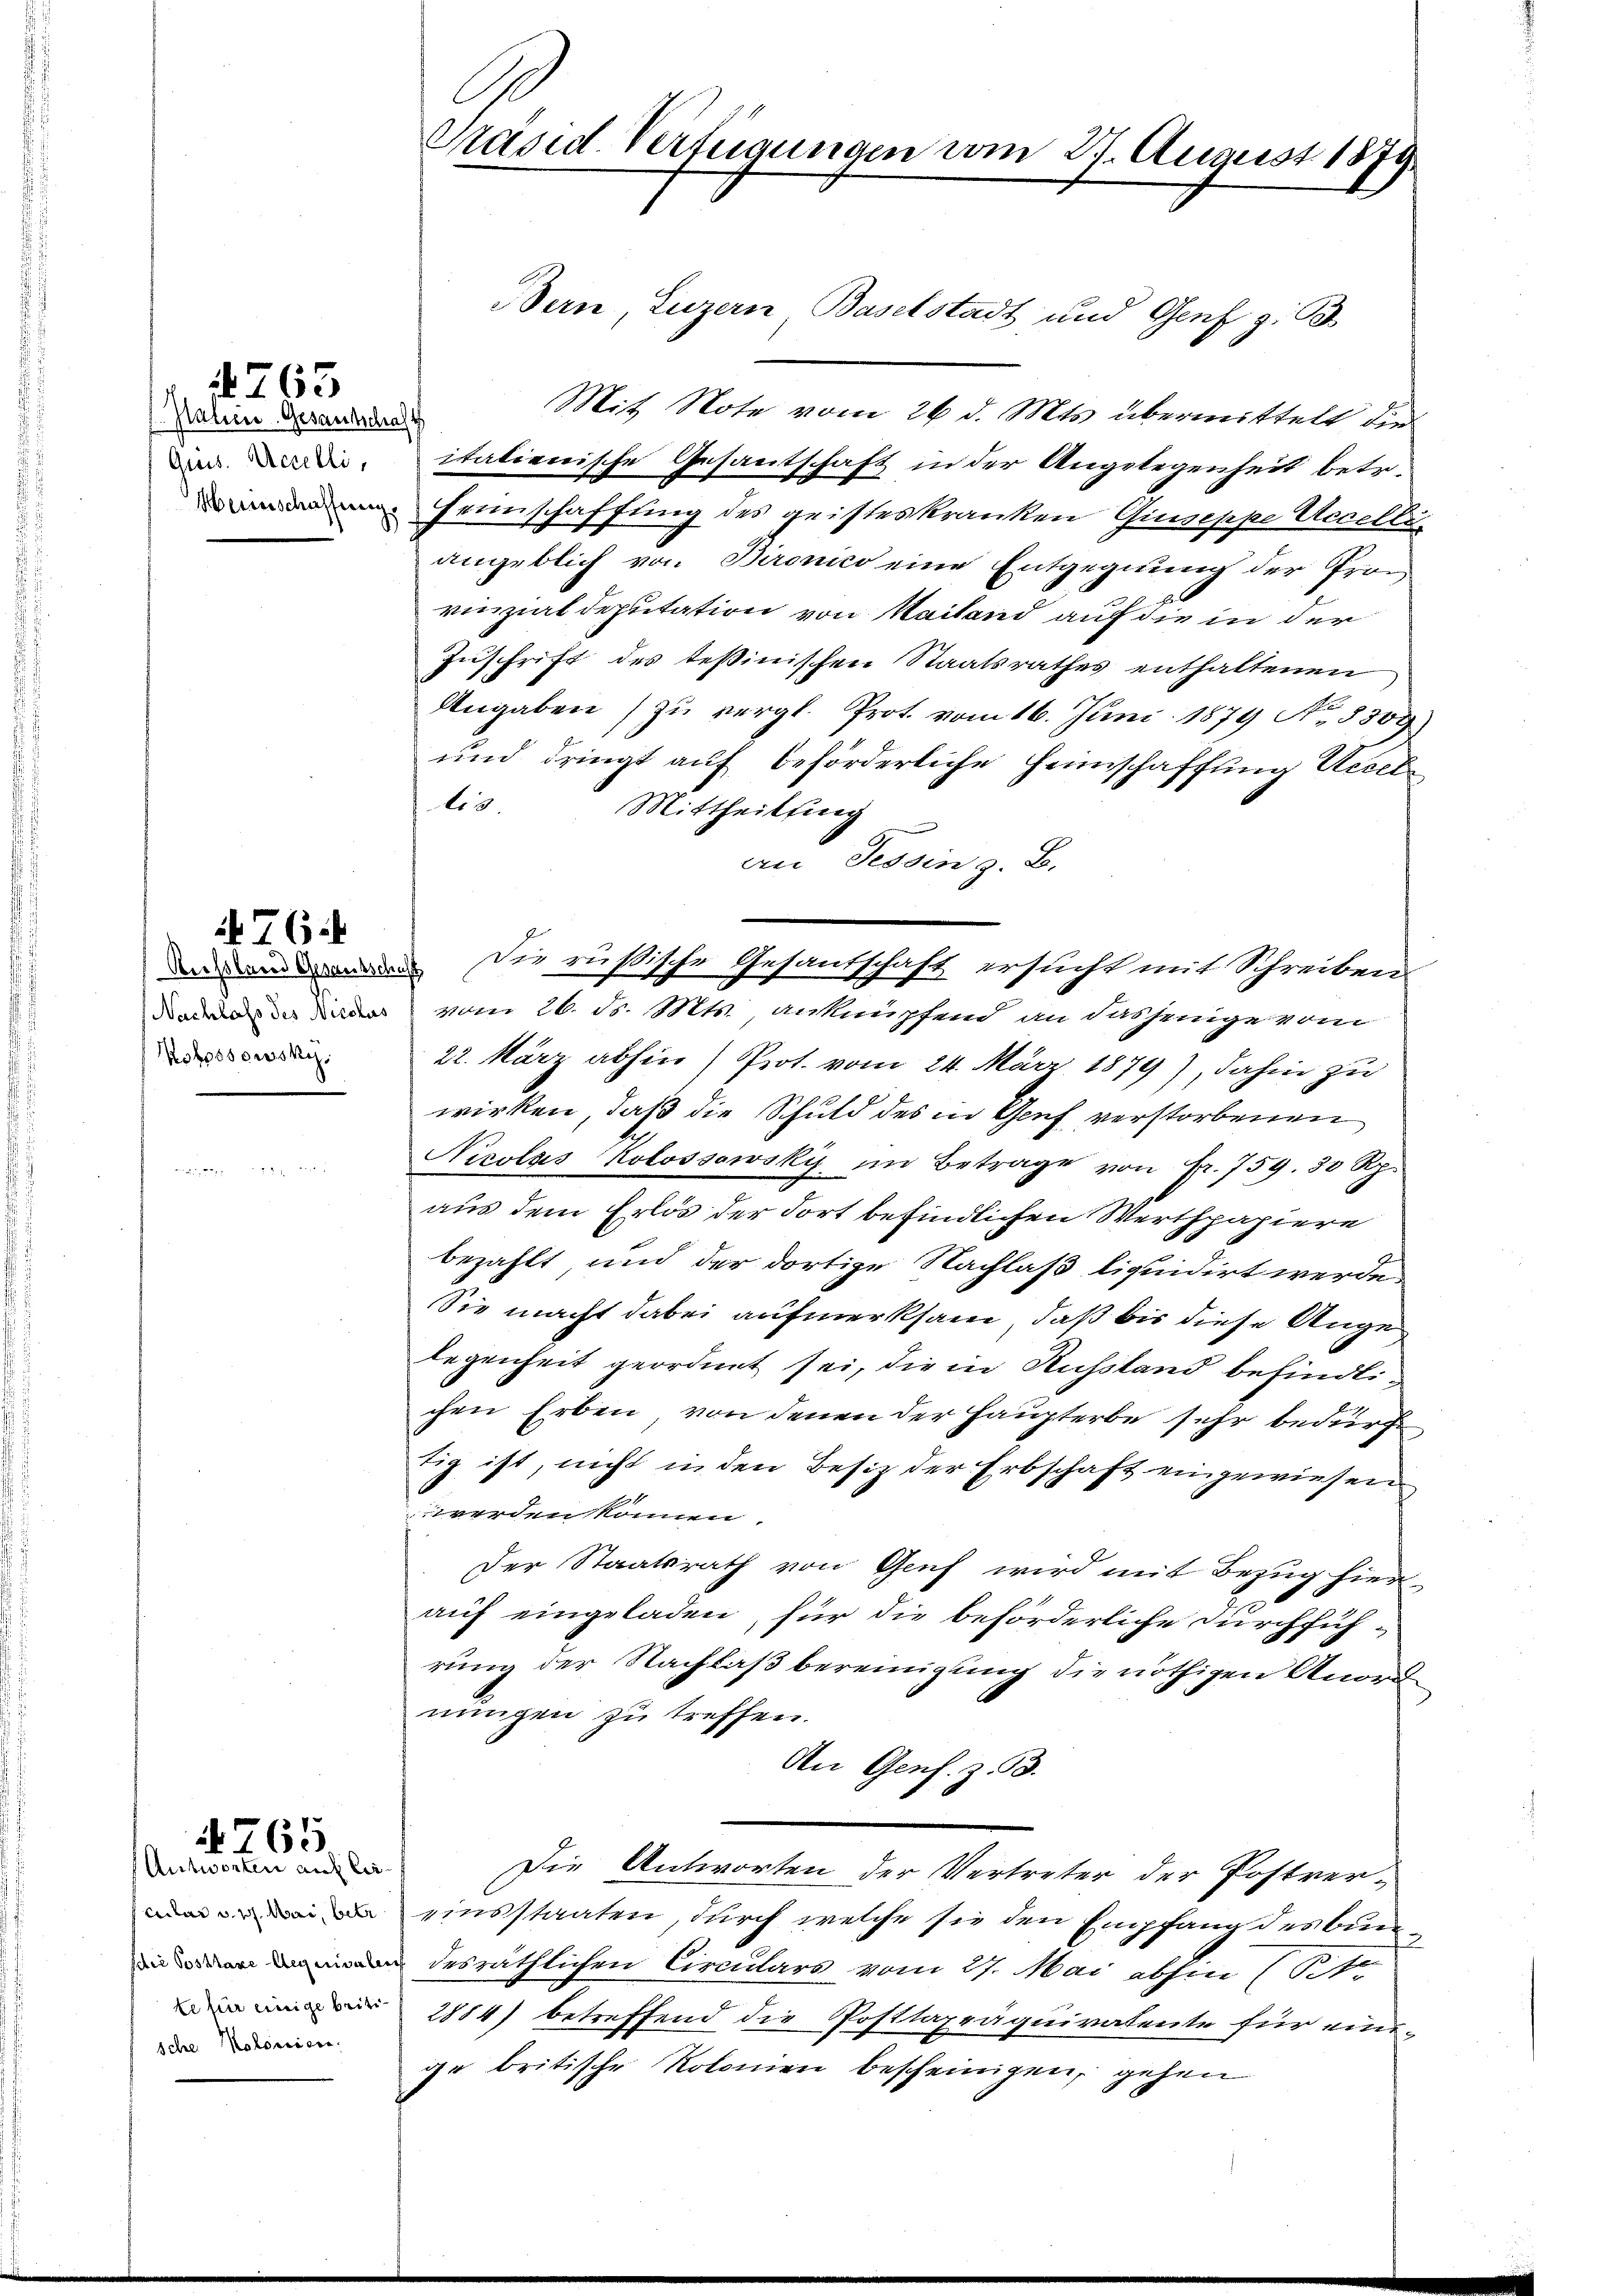
Halen Gesandtschaft
Guis. Accelli,

763

Mobossowsky.

76.

Antworten auf les
cular v. 1. Mai, betr
sche rest: Kolonien.

1765

Präsid. Verfügungen vom 27. August 1879

Mit Note vom 26. d. Mts. übermittelt die
italienische Gesantschaft in der Angelegenheit betr.
Erünschaffung des geisteskranken Giuseppe Accelle
angeblich von Bironico eine Entgegnung der Pron
vinzial deputation von Mailand auf die in der
Zuschrift des Teßinischen Staatsrathes enthaltenen
Angaben (zu vergl. Prot. vom 16. Juni 1879 No 5500
und dringt auf beförderliche Heimschaffung Uccellis.
Mittheilung
an Tessin z. B.
 , vom 26. d. Mts., anknüpfend an dasjenige vom
22. März abhin) Prot. vom 24. März 1879), dahin zu
wirken, daß die Schuld des in Genf verstorbenen
Nicolas Kolossowsky im Betrage von Fr. 759. 30 Rp.
aus dem Erlös der dort befindlichen Werthpapiere
bezahlt, und der dortige Nachlaß liquidirt werde
Sie macht dabei aufmerksam, daß bis diese Ange
legenheit geordnet sei, die in Ausstand befindlichen Erben, von denen der Haupterbe sehr bedürfe
tig ist, nicht in den Besiz der Erbschaft eingewiesen
werden können.
Der Staatsrath von Genf wird mit Bezug hier
auf eingeladen, für die beförderliche durchführung der Nachlaß bereinigung die nöthigen Anord
nungen zu treffen.
An Gens. z. B.
Die Antworten der Vertreter der Postver-
einsstaaten, durch welche sie den Empfang des Bun
desräthlichen Circulars vom 27. Mai abhin (St.
2884) betreffend die Posttapräguiratente für eine-
ge britische Kolonien bescheinigen, gehen

Bern, Luzern Baselstadt und Genf z. B

n Die rußische Gesandschaft ersucht mit Schreiben